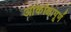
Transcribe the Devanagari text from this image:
आकांक्षापूर्ण